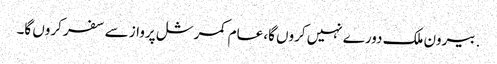
. بیرون ملک دورے نہیں کروں گا، عام کمرشل پرواز سے سفر کروں گا۔